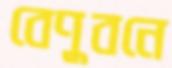
বেণুবনে